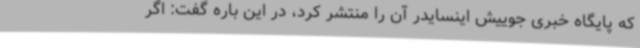
که پایگاه خبری جوییش اینسایدر آن را منتشر کرد، در این باره گفت: اگر